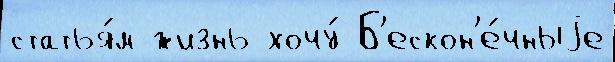
статья́м жизнь хочу́ Б'ескон'е́чныjе